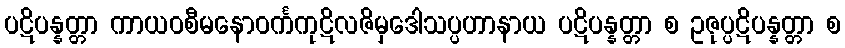
ပဋိပန္နတ္တာ ကာယဝစီမနောဝင်္ကကုဋိလဇိမှဒေါသပ္ပဟာနာယ ပဋိပန္နတ္တာ စ ဥဇုပ္ပဋိပန္နတ္တာ စ